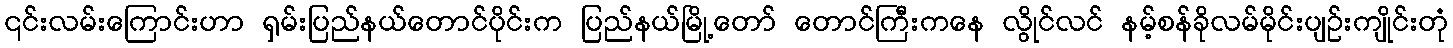
၎င်းလမ်းကြောင်းဟာ ရှမ်းပြည်နယ်တောင်ပိုင်းက ပြည်နယ်မြို့တော် တောင်ကြီးကနေ လွိုင်လင် နမ့်စန်ခိုလမ်မိုင်းပျဉ်းကျိုင်းတုံ